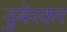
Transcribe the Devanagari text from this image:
डुबेरकर